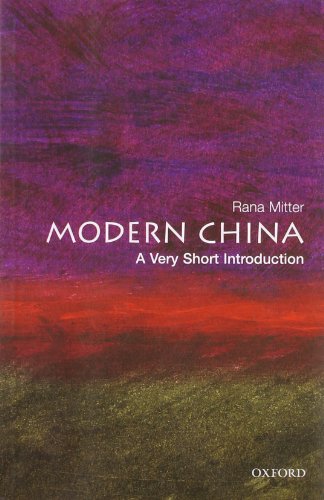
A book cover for Modern China: A Very Short Introduction; Rana Mitter; Travel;